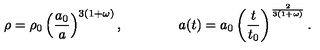
\rho = \rho _ { 0 } \left( { \frac { a _ { 0 } } { a } } \right) ^ { 3 ( 1 + \omega ) } , \qquad \qquad a ( t ) = a _ { 0 } \left( { \frac { t } { t _ { 0 } } } \right) ^ { { \frac { 2 } { 3 ( 1 + \omega ) } } } .